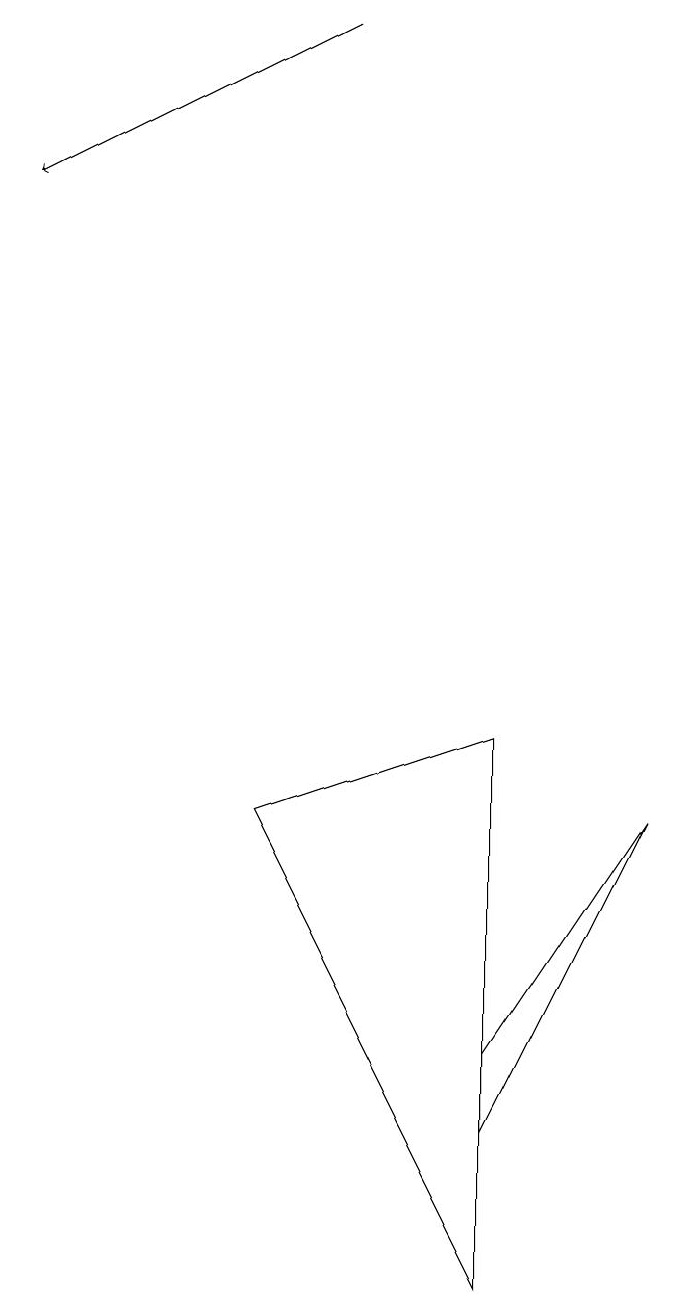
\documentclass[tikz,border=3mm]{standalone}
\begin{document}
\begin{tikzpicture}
\draw (6,3) -- (8,6) -- (6,2) -- cycle;
\draw (3,6) -- (6,0) -- (6,7) -- cycle;
\draw[->] (4,16) -- (0,14);
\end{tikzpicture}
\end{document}